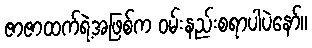
ဇာဇာထက်ရဲ့အဖြစ်က ဝမ်းနည်းစရာပါပဲနော်။